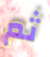
ثم